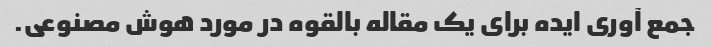
جمع آوری ایده برای یک مقاله بالقوه در مورد هوش مصنوعی.